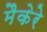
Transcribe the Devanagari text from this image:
मैकेरे